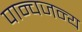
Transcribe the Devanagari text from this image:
पान्चजन्य